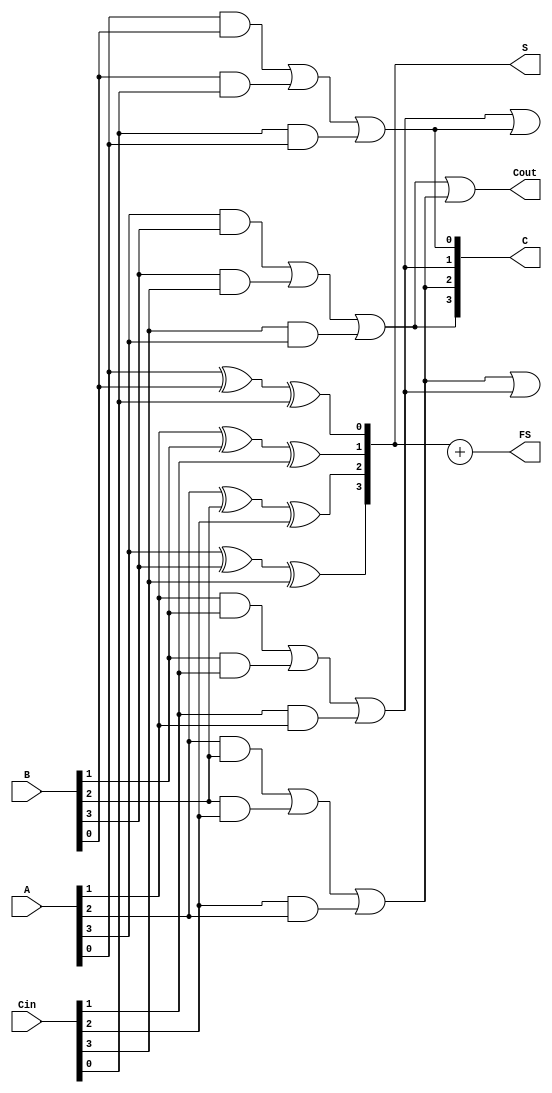
module carry_save_adder #(
    parameter N = 4  // Parameter to define the number of bits
) (
    input  [N-1:0] A,    // Input A
    input  [N-1:0] B,    // Input B
    input  [N-1:0] Cin,   // Input Carry In
    output [N-1:0] S,     // Sum output
    output [N-1:0] C,     // Carry output
    output [N-1:0] FS,    // Final Sum output
    output Cout           // Final Carry Out
);

    // Intermediate wires for Carry Propagation
    wire [N-1:0] carry_intermediate;
    wire [N-1:0] carry_out;

    // Generate Partial Sum (S) and Carry (C)
    genvar i;
    generate
        for (i = 0; i < N; i = i + 1) begin : CSA
            assign S[i] = A[i] ^ B[i] ^ Cin[i];
            assign C[i] = (A[i] & B[i]) | (B[i] & Cin[i]) | (Cin[i] & A[i]);
        end
    endgenerate

    // Carry Propagation stage - Using a simple Ripple Carry Adder
    // Assuming carry_out to be connected to the next higher bit
    assign carry_intermediate[0] = C[0];
    
    generate
        for (i = 1; i < N; i = i + 1) begin : CPA
            assign carry_out[i] = C[i] | carry_intermediate[i-1];
            assign carry_intermediate[i] = C[i];
        end
    endgenerate

    // Final Sum calculation
    assign FS = S + carry_out; // Final Sum (S + carry_out)
    assign Cout = carry_out[N-1]; // Final Carry Out

endmodule